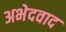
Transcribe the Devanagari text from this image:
अभेदवाद